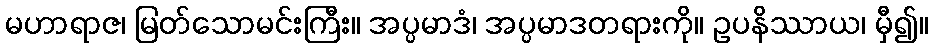
မဟာရာဇ၊ မြတ်သောမင်းကြီး။ အပ္ပမာဒံ၊ အပ္ပမာဒတရားကို။ ဥပနိဿာယ၊ မှီ၍။